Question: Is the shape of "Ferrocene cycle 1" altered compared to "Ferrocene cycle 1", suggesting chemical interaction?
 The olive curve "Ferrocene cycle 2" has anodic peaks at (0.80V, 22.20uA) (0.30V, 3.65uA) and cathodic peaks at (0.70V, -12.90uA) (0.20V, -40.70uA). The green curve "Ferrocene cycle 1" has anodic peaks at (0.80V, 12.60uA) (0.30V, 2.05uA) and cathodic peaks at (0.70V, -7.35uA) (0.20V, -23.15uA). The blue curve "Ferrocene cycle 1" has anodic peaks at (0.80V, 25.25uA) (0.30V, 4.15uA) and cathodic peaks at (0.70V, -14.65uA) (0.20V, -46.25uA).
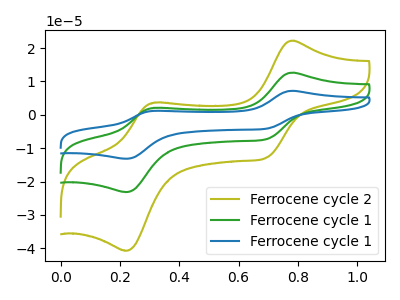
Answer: <think>All the peaks in "Ferrocene cycle 1" have a peak in "Ferrocene cycle 1" at the same potential. Every peak in "Ferrocene cycle 1" is higher than every peak in "Ferrocene cycle 1".
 </think>
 <answer>No, "Ferrocene cycle 1" and "Ferrocene cycle 1" don't appear to be significantly different in shape</answer>
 <eval>no_change</eval>